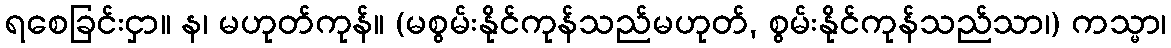
ရစေခြင်းငှာ။ န၊ မဟုတ်ကုန်။ (မစွမ်းနိုင်ကုန်သည်မဟုတ်, စွမ်းနိုင်ကုန်သည်သာ၊) ကသ္မာ၊